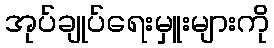
အုပ်ချုပ်ရေးမှူးများကို